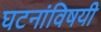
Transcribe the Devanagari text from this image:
घटनांविषयी